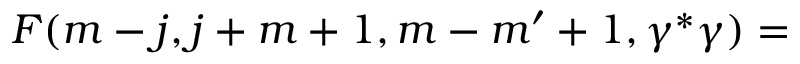
F ( m - j , j + m + 1 , m - m ^ { \prime } + 1 , \gamma ^ { * } \gamma ) =